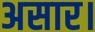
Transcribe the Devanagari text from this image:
असार।